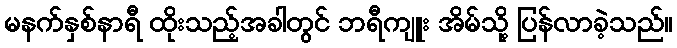
မနက်နှစ်နာရီ ထိုးသည့်အခါတွင် ဘရီကျူး အိမ်သို့ ပြန်လာခဲ့သည်။